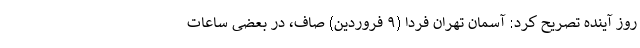
روز آینده تصریح کرد: آسمان تهران فردا (۹ فروردین) صاف، در بعضی ساعات